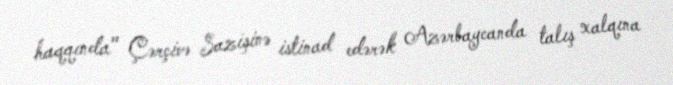
haqqında" Çərçivə Sazişinə istinad edərək Azərbaycanda talış xalqına